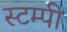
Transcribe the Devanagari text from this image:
स्टम्पी